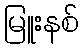
မြူးနစ်